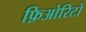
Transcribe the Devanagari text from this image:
फ़िओरिटो